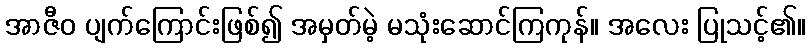
အာဇီဝ ပျက်ကြောင်းဖြစ်၍ အမှတ်မဲ့ မသုံးဆောင်ကြကုန်။ အလေး ပြုသင့်၏။